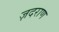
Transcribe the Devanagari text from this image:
ज़दराण